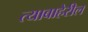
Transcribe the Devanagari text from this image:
त्याबाहेरील